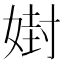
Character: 𪦇